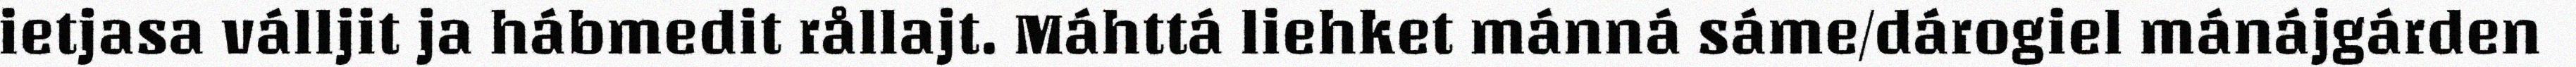
ietjasa válljit ja hábmedit rållajt. Máhttá liehket mánná sáme/dárogiel mánájgárden